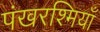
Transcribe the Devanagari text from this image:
पंखरश्मियाँ